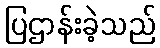
ပြဌာန်းခဲ့သည်